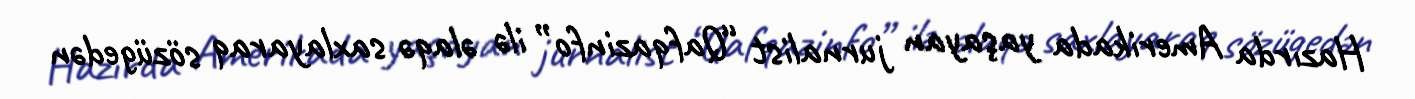
Hazırda Amerikada yaşayan jurnalist “Qafqazinfo” ilə əlaqə saxlayaraq sözügedən